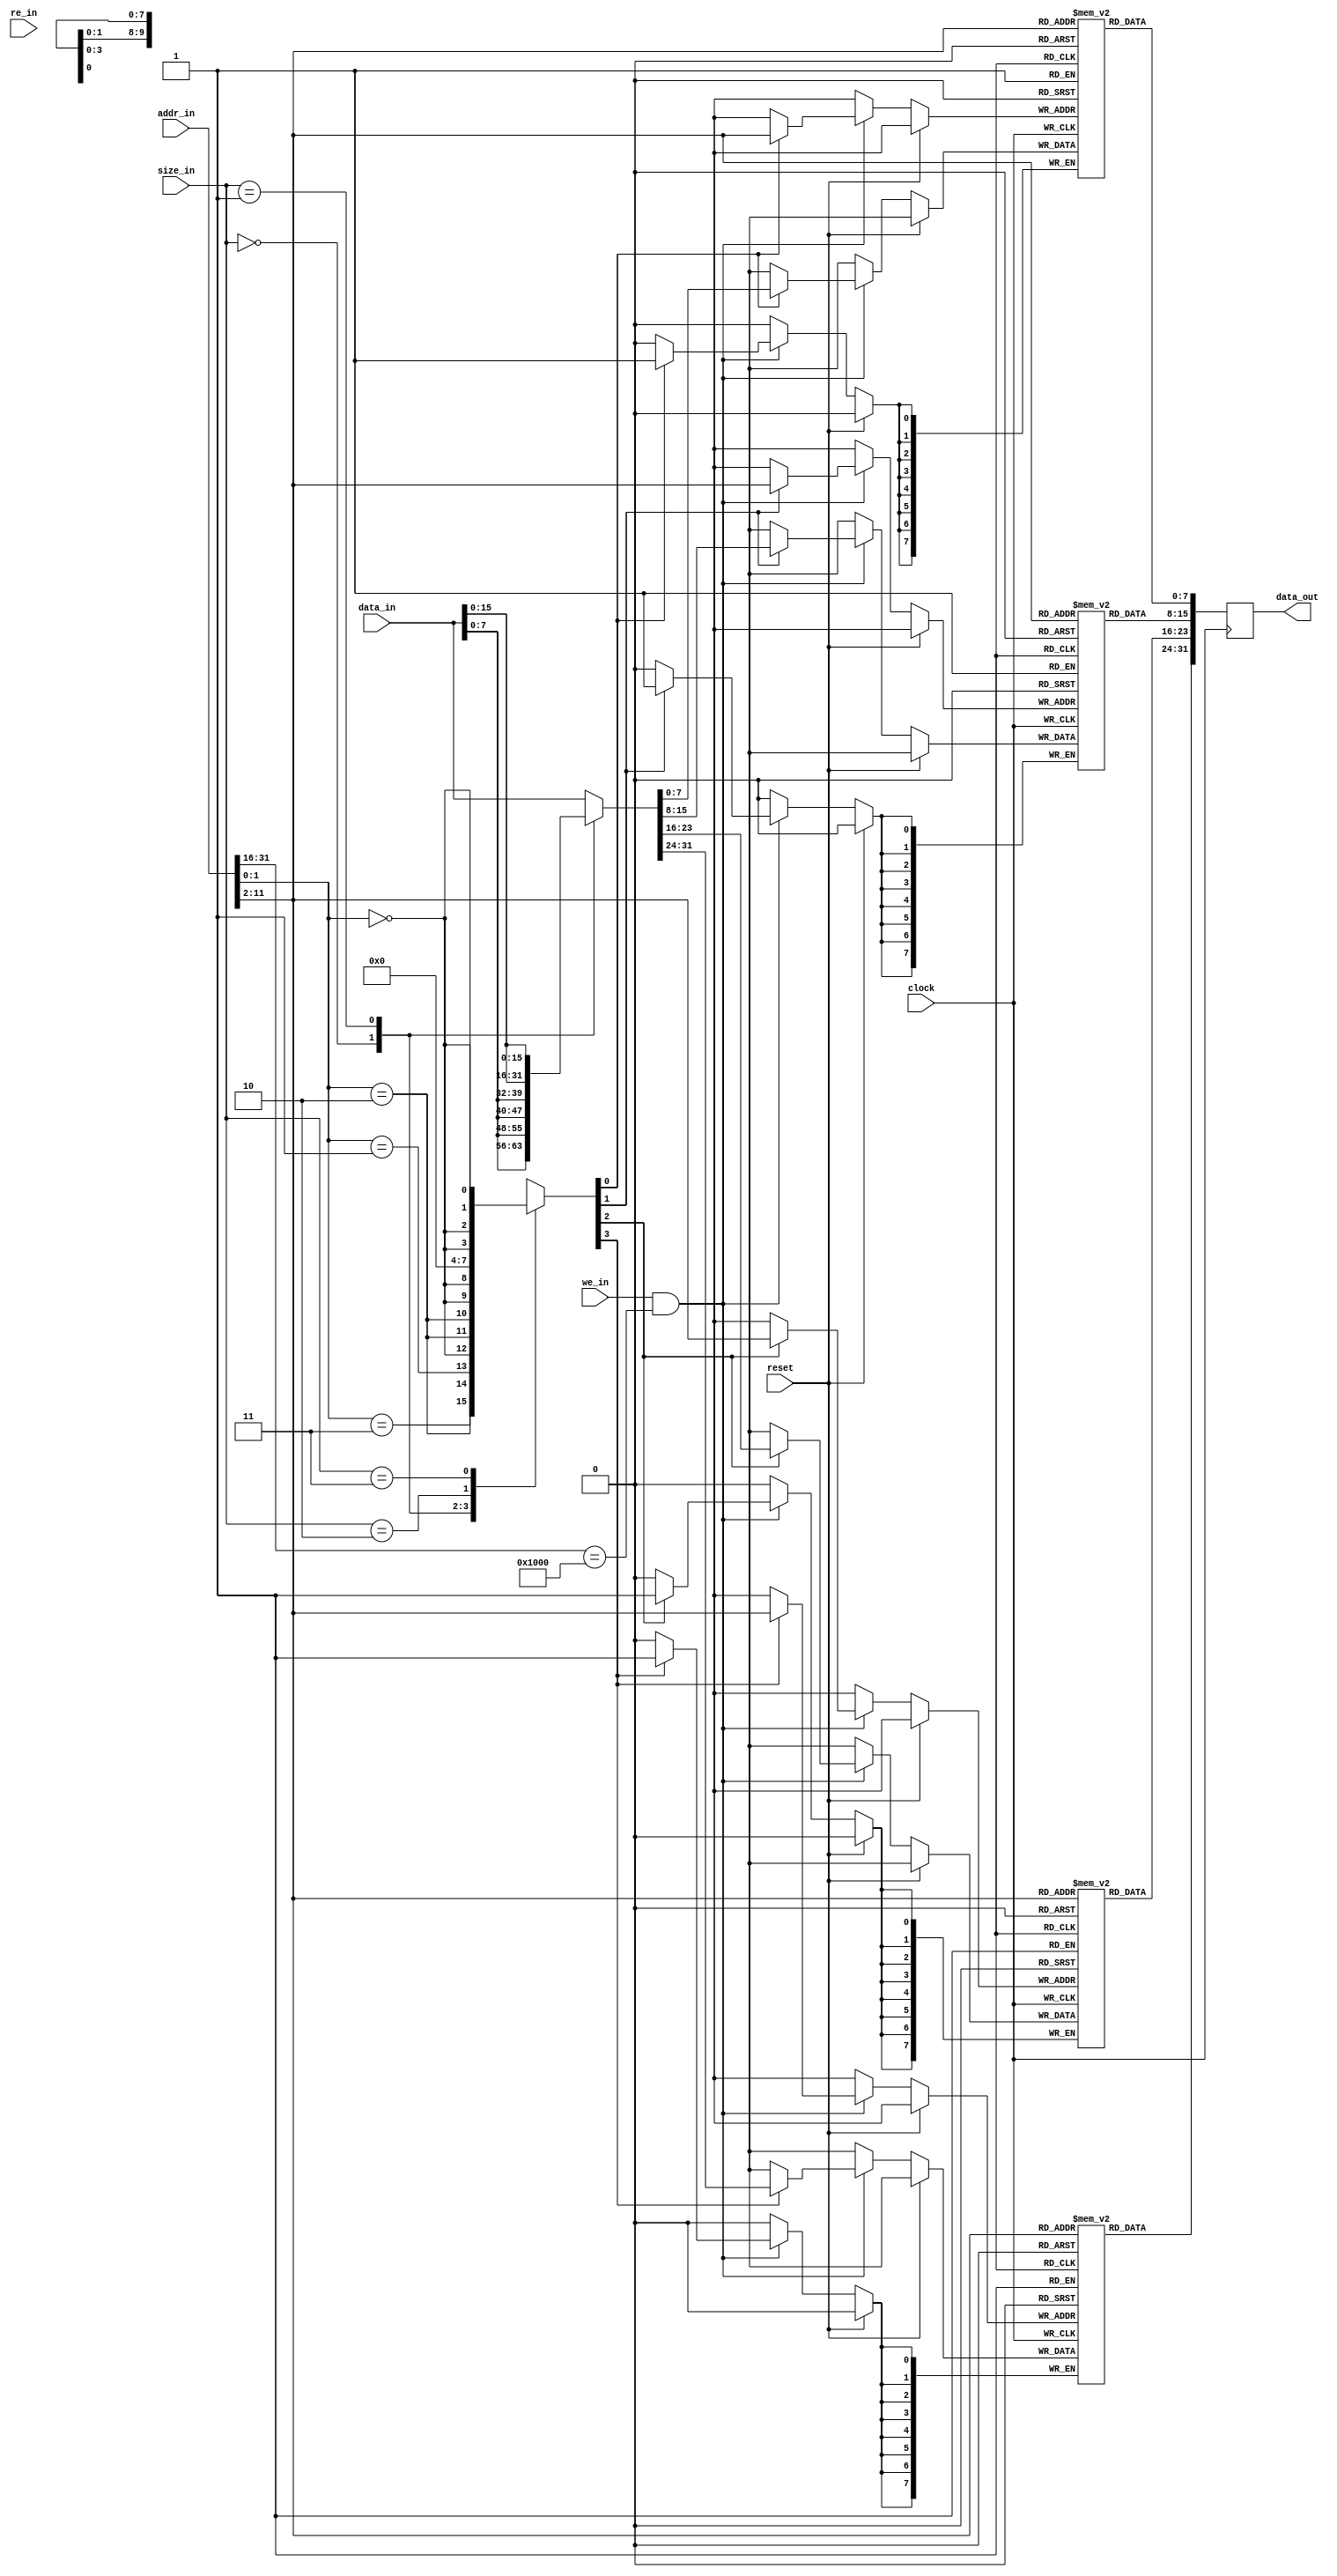
`timescale 1ns / 1ps

/*
**  UCSD CSE 141L Lab2/3 Solution
** -------------------------------------------------------------------
**  Async Memory Module for Single-Cycle MIPS Processor for Altera FPGAs
**   Clocks reads on _negative_ edge of clock so that reads can happen in
**   "one" cycle
**
**   MEM_ADDR parameter specifies the top 16-bits of the addr_in signal that must
**   match before a write is allowed to proceed.  The memory will "wrap" so writes to
**   0x0000 and 0x8000 would be the same location, etc.
**
**  Change Log:
**  1/13/2012 - Adrian Caulfield - Initial Implementation
**  1/22/2012 - Adrian Caulfield - Added code to initialize all words to 0xADADADAD
**
**
**  NOTE:  The Provided Modules do NOT follow the course coding standards
*/

module async_memory(
	input clock,
	input reset,
	
	input		[31:0]	addr_in,
	output	[31:0]	data_out,
	input		[31:0]	data_in,
	input		[1:0]		size_in, //0=byte, 1=2-byte, 2=unaligned, 3=word
	input					we_in,
	input					re_in
	);
	parameter	MEM_ADDR = 16'h1000;
	parameter	DO_INIT = 0;
	parameter	INIT_PROGRAM0 = "c:/altera/11.1sp1/141/hello_world.data_ram0.memh";
	parameter	INIT_PROGRAM1 = "c:/altera/11.1sp1/141/hello_world.data_ram1.memh";
	parameter	INIT_PROGRAM2 = "c:/altera/11.1sp1/141/hello_world.data_ram2.memh";
	parameter	INIT_PROGRAM3 = "c:/altera/11.1sp1/141/hello_world.data_ram3.memh";
	reg	[256*8:1] file_init0, file_init1, file_init2, file_init3;
	
	localparam NUM_WORDS = 1024;
	localparam NUM_WORDS_LOG = 10;
	
	integer i;

	//memory for 4KB of data
	reg [7:0] mem3	[0:NUM_WORDS-1]; //31:24
	reg [7:0] mem2	[0:NUM_WORDS-1]; //23:16
	reg [7:0] mem1	[0:NUM_WORDS-1]; //15:8
	reg [7:0] mem0	[0:NUM_WORDS-1]; //7:0
	
	reg	[31:0]	rd;
	assign data_out = rd;

	
	initial begin
		for(i=0; i<NUM_WORDS; i=i+1) begin
			mem0[i] = 8'hAD;
			mem1[i] = 8'hAD;
			mem2[i] = 8'hAD;
			mem3[i] = 8'hAD;
		end
		if (DO_INIT == 1) begin
			$readmemh(INIT_PROGRAM0, mem0);
			$readmemh(INIT_PROGRAM1, mem1);
			$readmemh(INIT_PROGRAM2, mem2);
			$readmemh(INIT_PROGRAM3, mem3);
		end
	end
	
	
	//read data all the time
	/*
	always @(*) begin
		rd[31:24] <= mem3[addr_i[2+NUM_WORDS_LOG-1:2]];		
		rd[23:16] <= mem2[addr_i[2+NUM_WORDS_LOG-1:2]];		
		rd[15:8] <= mem1[addr_i[2+NUM_WORDS_LOG-1:2]];		
		rd[7:0] <= mem0[addr_i[2+NUM_WORDS_LOG-1:2]];		
	end*/
	
	//alternate version uses negative edge of clock for memory accesses
	always @(negedge clock) begin
		rd[31:24] <= mem3[addr_in[2+NUM_WORDS_LOG-1:2]];		
		rd[23:16] <= mem2[addr_in[2+NUM_WORDS_LOG-1:2]];		
		rd[15:8] <= mem1[addr_in[2+NUM_WORDS_LOG-1:2]];		
		rd[7:0] <= mem0[addr_in[2+NUM_WORDS_LOG-1:2]];		
	end
	
	//decode address and size into byte-enables
	reg [3:0] rowWE;
	always @(*) begin
		case(size_in)
			2'b00: rowWE <= { addr_in[1:0] == 3, addr_in[1:0] == 2, addr_in[1:0] == 1, addr_in[1:0] == 0 };
			2'b01: rowWE <= { {2{addr_in[1:0] == 2}}, {2{addr_in[1:0]==0}}};
			2'b10: rowWE <= 4'b0000; //unaligned write unsupported
			2'b11: rowWE <= { {4{addr_in[1:0] == 0}} };
		endcase
	end
	
	//we need to make sure the write data from the processor ends up in the correct byte location
	reg	[31:0]	write_data;
	always @(*) begin
		case(size_in)
			2'b00: write_data <= {data_in[7:0], data_in[7:0], data_in[7:0], data_in[7:0]};
			2'b01: write_data <= {data_in[15:0], data_in[15:0]};
			default: write_data <= data_in[31:0];
		endcase
	end
	
	
	//on posedge of clock, write data only if wr_en is high
	always @(posedge clock) begin
		if (reset) begin
		end else begin
			if (we_in && (addr_in[31:16] == MEM_ADDR)) begin
				if (rowWE[3]) mem3[addr_in[2+NUM_WORDS_LOG-1:2]] <= write_data[31:24];
				if (rowWE[2]) mem2[addr_in[2+NUM_WORDS_LOG-1:2]] <= write_data[23:16];
				if (rowWE[1]) mem1[addr_in[2+NUM_WORDS_LOG-1:2]] <= write_data[15:08];
				if (rowWE[0]) mem0[addr_in[2+NUM_WORDS_LOG-1:2]] <= write_data[07:00];
			end
		end
	end
	

endmodule